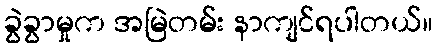
ခွဲခွာမှုက အမြဲတမ်း နာကျင်ရပါတယ်။